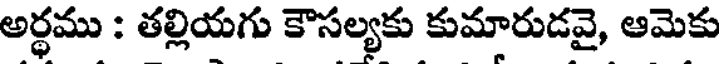
అర్థము : తల్లియగు కౌసల్యకు కుమారుడవై, ఆమెకు